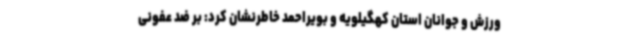
ورزش و جوانان استان کهگیلویه و بویراحمد خاطرنشان کرد: بر ضد عفونی